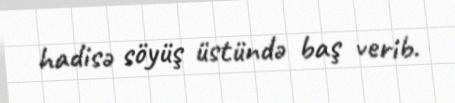
hadisə söyüş üstündə baş verib.